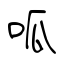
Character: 呱